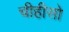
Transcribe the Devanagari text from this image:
चीहीसो